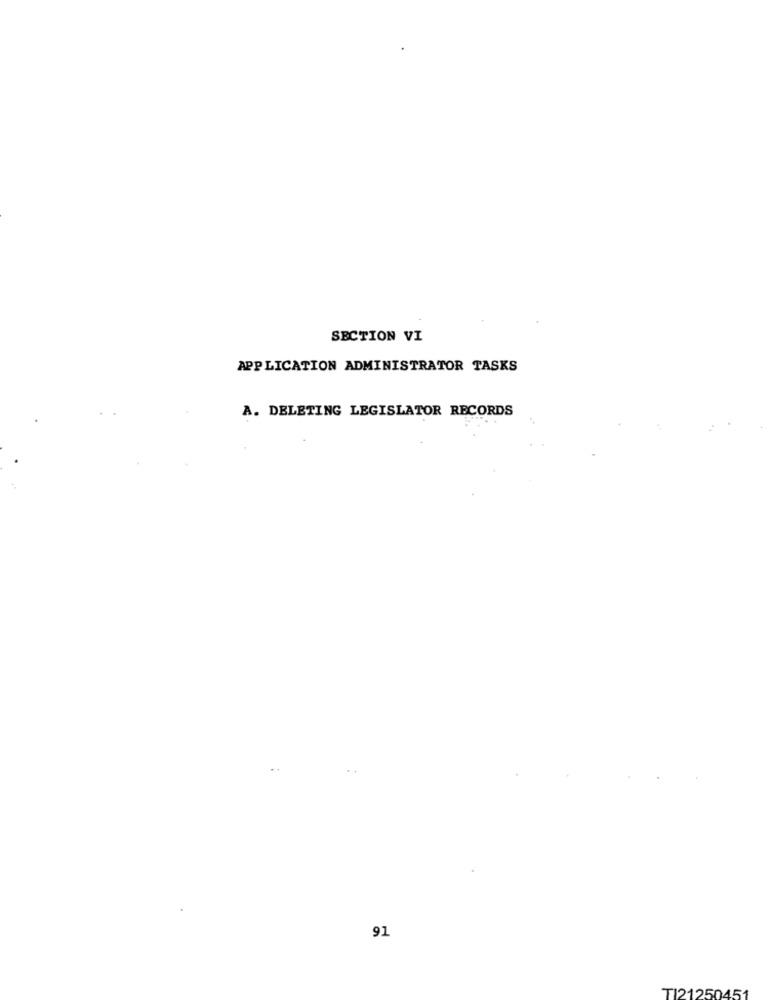
SECTION VI
APPLICATION ADMINISTRATOR TASKS
A. DELETING LEGISLATOR RECORDS
91
TI21250451